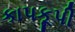
કાપકૂપી